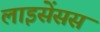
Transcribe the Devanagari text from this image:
लाइसेंसस